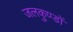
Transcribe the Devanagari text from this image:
जलकुण्डों